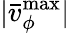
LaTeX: |\bar{v}_{\phi}^{\operatorname*{max}}|